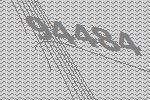
94484